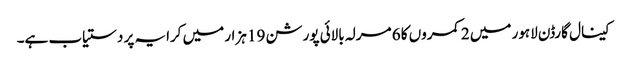
کینال گارڈن لاہور میں 2 کمروں کا 6 مرلہ بالائی پورشن 19 ہزار میں کرایہ پر دستیاب ہے۔